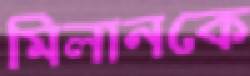
মিলানকে